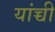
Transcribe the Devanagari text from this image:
यांच्ची